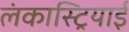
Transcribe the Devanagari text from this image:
लंकास्ट्रियाई